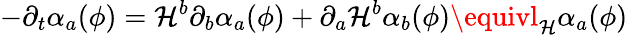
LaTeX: -\partial_{t}\alpha_{a}(\phi)=\mathcal{H}^{b}\partial_{b}\alpha_{a}(\phi)+\partial_{a}\mathcal{H}^{b}\alpha_{b}(\phi)\equivl_{\mathcal{H}}\alpha_{a}(\phi)